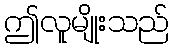
ဤလူမျိုးသည်